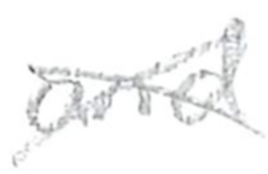
Text: and
Cross-out: mix
Writing tool: pencil